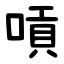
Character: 嗊